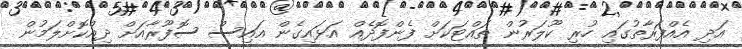
އަދި އެއްފަރާތުގައި ހުރި ކޫލަރުން ތައްޓަކަށް ފެންފޮދެއް އަޅައިގެން އައިސް ސޮފޫރާއަށް ދިއްކޮށްލަމުން